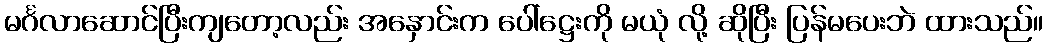
မင်္ဂလာဆောင်ပြီးကျတော့လည်း အနှောင်းက ပေါ်ဋ္ဌေးကို မယုံ လို့ ဆိုပြီး ပြန်မပေးဘဲ ထားသည်။